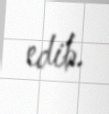
edib.